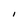
Character: l